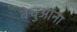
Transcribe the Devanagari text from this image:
बेचुआना